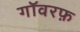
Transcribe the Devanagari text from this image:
गॉवरफ़